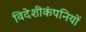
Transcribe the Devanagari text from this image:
विदेशीकंपनियों